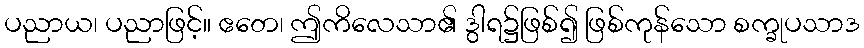
ပညာယ၊ ပညာဖြင့်။ ဧတေ၊ ဤကိလေသာ၏ ဒွါရ၌ဖြစ်၍ ဖြစ်ကုန်သော စက္ခုပသာဒ